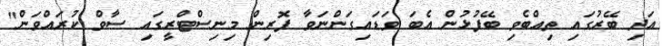
އަދި ބޭރުގައި ތިއްބެވި ބޭފުޅުން އެބަ ވަޑައިގަންނަވާ ފޮރިން މިނިސްޓްރީގައި ސާވް ކުރައްވަން"